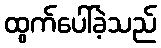
ထွက်ပေါ်ခဲ့သည်